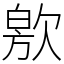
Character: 㰾